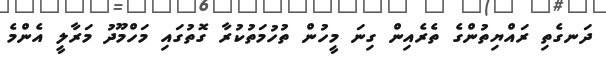
ދަނގެތި ރައްޔިތުންގެ ތެރެއިން ގިނަ މީހުން ތުހުމަތުކުރާ ގޮތުގައި މަހްމޫދު މަރާލީ އެންމެ